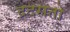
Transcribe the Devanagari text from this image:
द्रदसतो